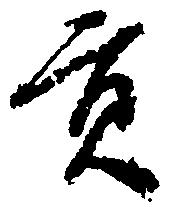
貢